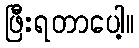
ဖြီးရတာပေါ့။